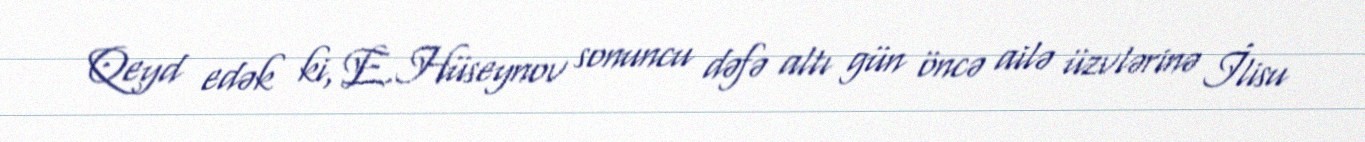
Qeyd edək ki, E.Hüseynov sonuncu dəfə altı gün öncə ailə üzvlərinə İlisu